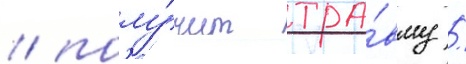
/ полу́чит тра́вму /